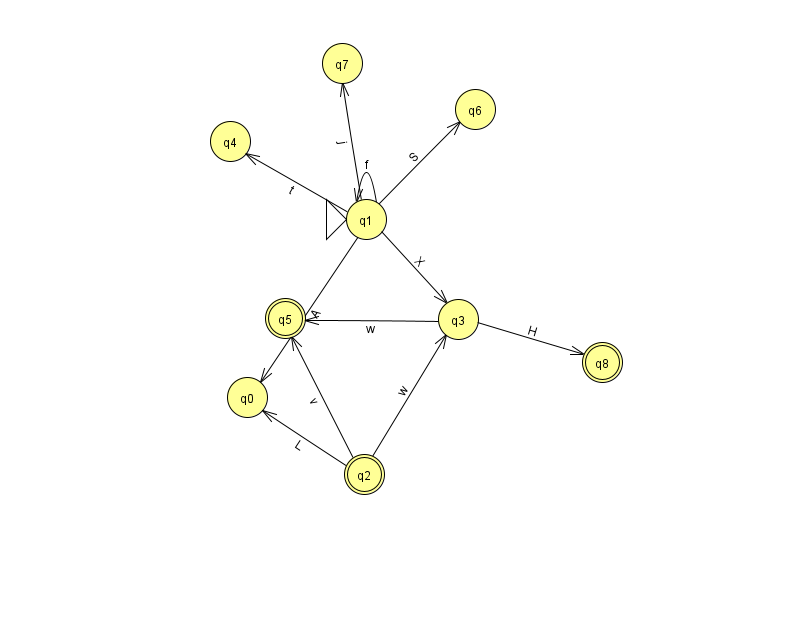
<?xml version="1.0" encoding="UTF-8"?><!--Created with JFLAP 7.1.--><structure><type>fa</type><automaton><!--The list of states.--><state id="0" name="q0"><x>247.0</x><y>384.0</y></state><state id="1" name="q1"><x>366.0</x><y>206.0</y><initial/></state><state id="2" name="q2"><x>364.0</x><y>461.0</y><final/></state><state id="3" name="q3"><x>458.0</x><y>306.0</y></state><state id="4" name="q4"><x>230.0</x><y>128.0</y></state><state id="5" name="q5"><x>285.0</x><y>305.0</y><final/></state><state id="6" name="q6"><x>475.0</x><y>96.0</y></state><state id="7" name="q7"><x>342.0</x><y>50.0</y></state><state id="8" name="q8"><x>602.0</x><y>349.0</y><final/></state><!--The list of transitions.--><transition><from>2</from><to>0</to><read>L</read></transition><transition><from>1</from><to>7</to><read>j</read></transition><transition><from>1</from><to>3</to><read>X</read></transition><transition><from>1</from><to>1</to><read>f</read></transition><transition><from>1</from><to>4</to><read>t</read></transition><transition><from>3</from><to>5</to><read>w</read></transition><transition><from>3</from><to>8</to><read>H</read></transition><transition><from>2</from><to>5</to><read>v</read></transition><transition><from>2</from><to>3</to><read>w</read></transition><transition><from>1</from><to>0</to><read>A</read></transition><transition><from>1</from><to>6</to><read>S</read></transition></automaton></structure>